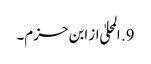
9. المحلیٰ از ابن حزم۔